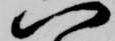
八